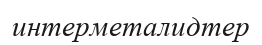
интерметалидтер